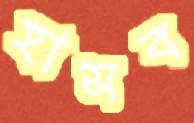
হাসব